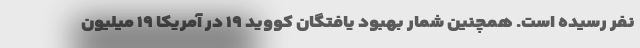
نفر رسیده است. همچنین شمار بهبود یافتگان کووید ۱۹ در آمریکا ۱۹ میلیون